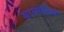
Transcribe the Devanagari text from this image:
यामोहिमे